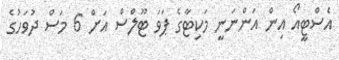
އެސްޓީއޯ އިން އަންނަނީ މަކިޓާގެ ޕަވަ ޓޫލްސް އަށް 6 މަސް ދުވަހުގެ